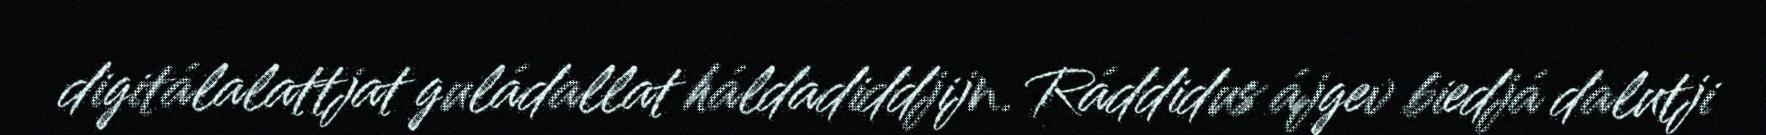
digitálalattjat guládallat háldadiddjijn. Ráddidus ájgev biedjá dalutji